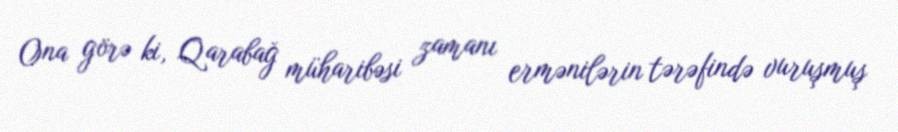
Ona görə ki, Qarabağ müharibəsi zamanı ermənilərin tərəfində vuruşmuş